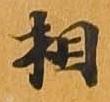
相